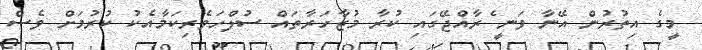
މީގެ އިތުރުން އޭނާ ވަނީ ެރާއްޖޭގައި ކުރާ މުޒާހަރާތައް ސުލްހަވެރިކަމާއެކު ކުރުމަށް ވެސް